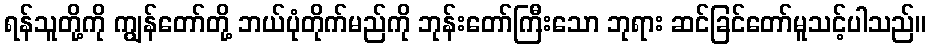
ရန်သူတို့ကို ကျွန်တော်တို့ ဘယ်ပုံတိုက်မည်ကို ဘုန်းတော်ကြီးသော ဘုရား ဆင်ခြင်တော်မူသင့်ပါသည်။